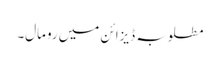
مطلوبہ ڈیزائن میں رومال۔